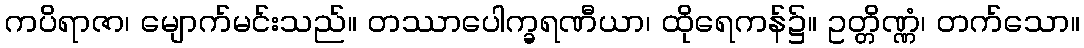
ကပိရာဇာ၊ မျောက်မင်းသည်။ တဿာပေါက္ခရဏီယာ၊ ထိုရေကန်၌။ ဥတ္တိဏ္ဏံ၊ တက်သော။